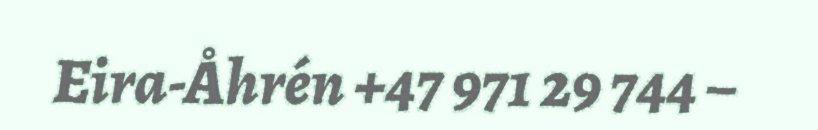
Eira-Åhrén +47 971 29 744 –